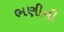
ભણીની